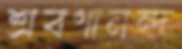
শ্রবণানন্দ